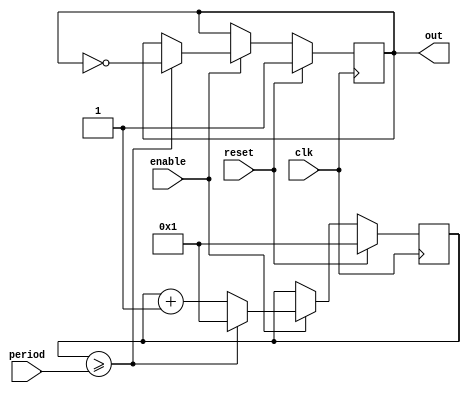
// FROM General Instruments AY-3-8910 / 8912 Programmable Sound Generator (PSG) data Manual.
// Section 3.1 Tone Generator Control
// [..] the lowest period value is 000000000001 (divide by 1)

// NOTE despite AY-3-891x manual stating that the tone counter is counted down
// 1) reverse engineering: https://github.com/lvd2/ay-3-8910_reverse_engineered
// and
// 2) studies of the chip output according to comments in MAME implementation,
//    line 84 https://github.com/mamedev/mame/blob/master/src/devices/sound/ay8910.cpp
// both determined that tone and noise counters are counted UP!


// Effect of counting UP is such that changing period register will have an immediate effect.
// In contrast counting down delays the effect of the period change until the next wave cycle.
//
//  Initial condition: Period register = 4
//   |
//   v
//   1234 1234 12 12 12 12 12 12 12 12 12 12 12345678              <- counter
//        ----    --    --    --    --    --          ---
//       |    | x|  |  |  |  |  |  |  |  |  | x      |    . . .    <- state flip-flop
//   ----      --    --    --    --    --    --------
//              ^                             ^  
//              |                             |
//      write 2 to Period register     write 8 to Period register
//       has an immediate effect,       has an immediate effect,
//     shortening the current wave!   prolonging the current wave!

module tone_ay #( parameter PERIOD_BITS = 12 ) ( // @TODO: extract counter into a separate model and use in tone, noise & envelope
    input  wire clk,
    input  wire enable,    
    input  wire reset,

    input  wire [PERIOD_BITS-1:0]  period,

    output wire out
);
    reg [PERIOD_BITS-1:0] counter;
    reg state;

    always @(posedge clk) begin
        if (reset) begin
            counter <= 1;
            state <= 1;                     // According to dnotq VHDL (and lvd?) flip-flop is set to 1 upon reset
        end else begin
            if (enable) begin
                if (counter >= period) begin // real AY-3-891x uses "carry-out" signal from the comparator to reset counter
                    counter <= 1;           // reset counter to 1
                                            // @INVESTIGATE what UP_RST means in reverse engineered AY-3-891x schematics [see lvd ay_model_counter]
                                            // .UP_RST(0) is present on first flip-flop on ALL the counter chains: tone, noise & envelope!
                                            // However .UP_RST(0) is NOT present on the internal envelope counter that definetely is counting from _0_ to 15
                                                //  // first flipflop
                                                //  ay_model_clk_ff #( .UP_RST(0) ) counter_bit_0
                                            //
                                            // There are two options with real AY-3-891x upon counter reset, either
                                            // A) counter's first flip-flop is set to 1 due to .UP_RST(0)
                                            // OR
                                            // B) counter is reset to 0, but since real AY-3-819x use two-phase clock f1 and /f1
                                            // it might increase the counter on f1, but compare to period on /f1.

// Better explanation from dnotq VHDL implementation
// --------------------------------------------------
// Timing for 0 and 1 period-count, showing why they are the same.  The real
// IC counts on the 4-count of the clock divider, so this implementation
// does the same.  In the real IC, the >= reset and count enable happen in
// the same 4-count cycle due to the asynchronous nature of the IC.  In a
// synchronous FPGA design, the >= reset is performed 1-cycle prior to the
// count enable.
//   _   _   _   _   _   _   _   _   _   _   _   _   _   _   _   _   _   _
// _/ \_/ \_/ \_/ \_/ \_/ \_/ \_/ \_/ \_/ \_/ \_/ \_/ \_/ \_/ \_/ \_/ \_/ \_ PSG clock (input clock enable)
//           _______________                 _______________
// ___3___4_/ 5   6   7   0 \_1___2___3___4_/ 5   6   7   0 \_1___2___3___4_ divided clock count
//   ___                             ___                             ___
// _/   \___________________________/   \___________________________/   \___ >= enable (resets count to 0)
//       ___                             ___                             ___
// _____/   \___________________________/   \___________________________/    count enable
// _____ ___ ___________________________ ___ ___________________________ ___
// _____X_0_X______________1____________X_0_X______________1____________X_0_ tone counter
// _____                                 _______________________________
//      \_______________________________/                               \___ tone flip-flop

// The tone counter >= reset strobe must be enabled prior to the count enable
// so the tone counter is only a zero-count for *one input clock cycle*, and
// not the count-enable cycle (i.e. input clock divided by 8).
//
// This is the reason why a period-count of zero is the same as a period-
// count of one.  The time the counter has a zero value is merged with the
// last 8-cycle period where the >= condition is detected.


                    state <= ~state;            // flip output state
                end else
                    counter <= counter + 1'b1;
            end
        end
    end

    assign out = state;
endmodule